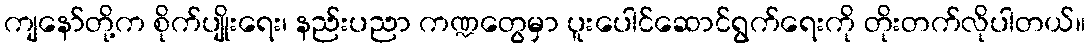
ကျနော်တို့က စိုက်ပျိုးရေး၊ နည်းပညာ ကဏ္ဍတွေမှာ ပူးပေါင်ဆောင်ရွက်ရေးကို တိုးတက်လိုပါတယ်။